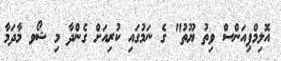
އޮލިމްޕިއަންސް ވިތު ޔޫތު" ގެ ނަމުގައި ކުރިއަށް ގެންދާ މި ޝޯވ މާދަމާ